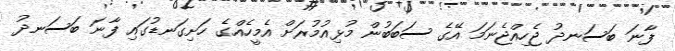
ފާނަ ބަސަނދު ޖެހިއްޖެނަމަ އޭގެ ސަބަބުން މުޅިއުމުރަށް އެމީހެއްގެ ހަށިގަނޑުގައި ފާނަ ބަސަނދު